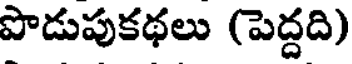
పొడుపుకథలు (పెద్దది)